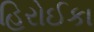
હિરોઈકા